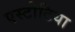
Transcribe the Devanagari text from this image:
एस्टोटिया